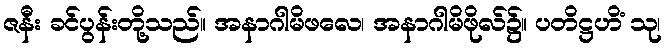
ဇနီး ခင်ပွန်းတို့သည်။ အနာဂါမိဖလေ၊ အနာဂါမိဖိုလ်၌။ ပတိဋ္ဌဟိံ သု၊